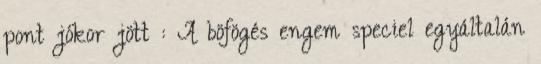
pont jókor jött : A böfögés engem speciel egyáltalán